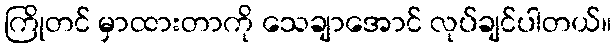
ကြိုတင် မှာထားတာကို သေချာအောင် လုပ်ချင်ပါတယ်။